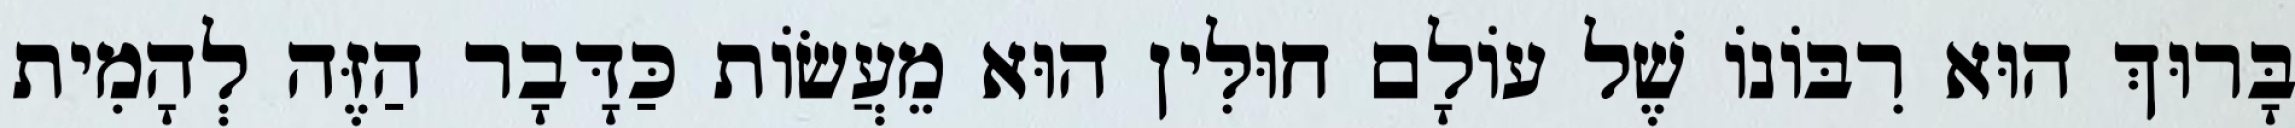
בָּרוּךְ הוּא רִבּוֹנוֹ שֶׁל עוֹלָם חוּלִּין הוּא מֵעֲשׂוֹת כַּדָּבָר הַזֶּה לְהָמִית